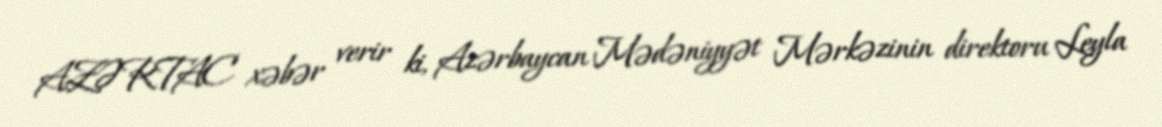
AZƏRTAC xəbər verir ki, Azərbaycan Mədəniyyət Mərkəzinin direktoru Leyla